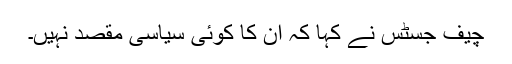
چیف جسٹس نے کہا کہ ان کا کوئی سیاسی مقصد نہیں۔